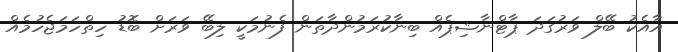
އާއެކު ބޭލް ވަރުގަދަ ޕާޓްނާޝިޕެއް ބިނާކުރަމުންދާތަން ފެނުމަކީ ލިބޭ ވަރަށް ބޮޑު ހިތްހަމަޖެހުމެއް